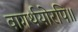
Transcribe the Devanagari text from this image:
वागर्थयोरपि॥